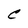
Character: C